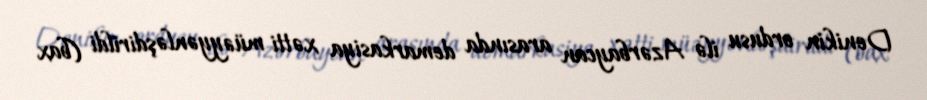
Denikin ordusu ilə Azərbaycan arasında demarkasiya xətti müəyyənləşdirildi (bax